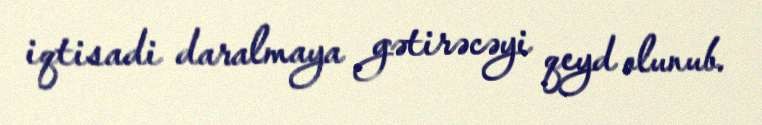
iqtisadi daralmaya gətirəcəyi qeyd olunub.